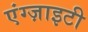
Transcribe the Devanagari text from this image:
एंग्ज़ाइटी